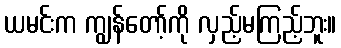
ယမင်းက ကျွန်တော့်ကို လှည့်မကြည့်ဘူး။